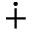
\dotplus